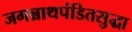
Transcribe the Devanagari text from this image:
जगन्नाथपंडितसुद्धा